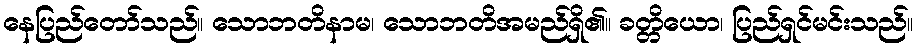
နေပြည်တော်သည်။ သောဘတိနာမ၊ သောဘတိအမည်ရှိ၏။ ခတ္တိယော၊ ပြည်ရှင်မင်းသည်။